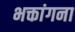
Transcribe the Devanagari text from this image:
भक्तांगना